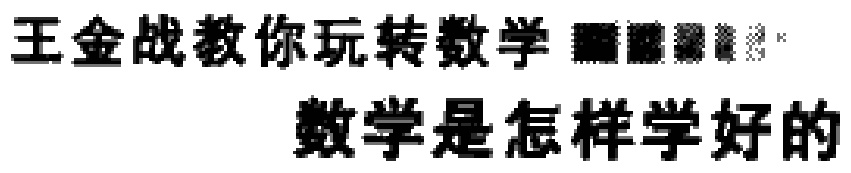
王金战教你玩转数学
数学是怎样学好的